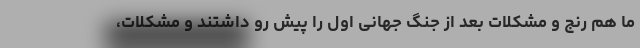
ما هم رنج و مشکلات بعد از جنگ جهانی اول را پیش رو داشتند و مشکلات،